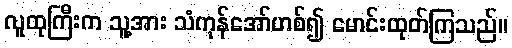
လူထုကြီးက သူ့အား သံကုန်အော်ဟစ်၍ မောင်းထုတ်ကြသည်။